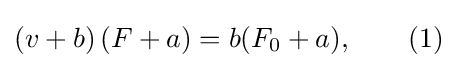
\left(v+b\right)(F+a)=b(F_{0}+a),\qquad (1)